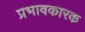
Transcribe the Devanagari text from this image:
प्रभावकारक